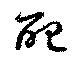
配